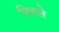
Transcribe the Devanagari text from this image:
पिहले